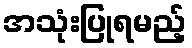
အသုံးပြုရမည့်